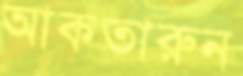
আকতারুন